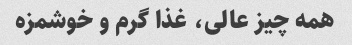
همه چیز عالی، غذا گرم و خوشمزه